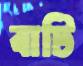
বাটি